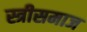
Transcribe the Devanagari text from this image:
स्त्रीसमाज